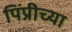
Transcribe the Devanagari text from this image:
पिंप्रीच्या